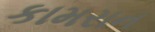
કામરાન